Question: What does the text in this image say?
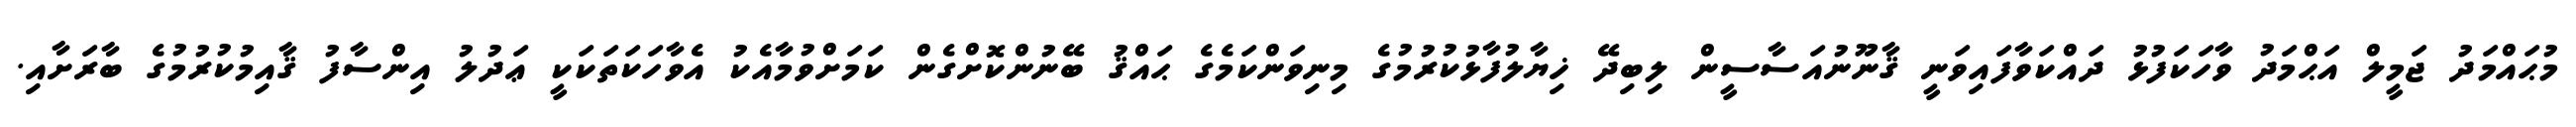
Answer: މުޙައްމަދު ޖަމީލް އަޙްމަދު ވާހަކަފުޅު ދައްކަވާފައިވަނީ ޤާނޫނުއަސާސީން ލިބިދޭ ޚިޔާލުފާޅުކުރުމުގެ މިނިވަންކަމެގެ ޙައްޤު ބޭނުންކޮށްގެން ކަމަށްވުމާއެކު އެވާހަކަތަކަކީ ޢަދުލު އިންސާފު ޤާއިމުކުރުމުގެ ބާރަށާއި.